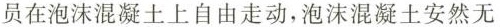
员在泡沫混凝土上自由走动，泡沫混凝土安然无